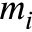
m _ { i }